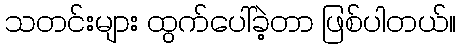
သတင်းများ ထွက်ပေါ်ခဲ့တာ ဖြစ်ပါတယ်။